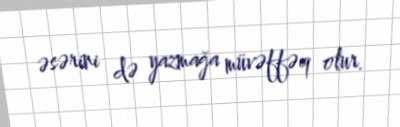
əsərini də yazmağa müvəffəq olur.